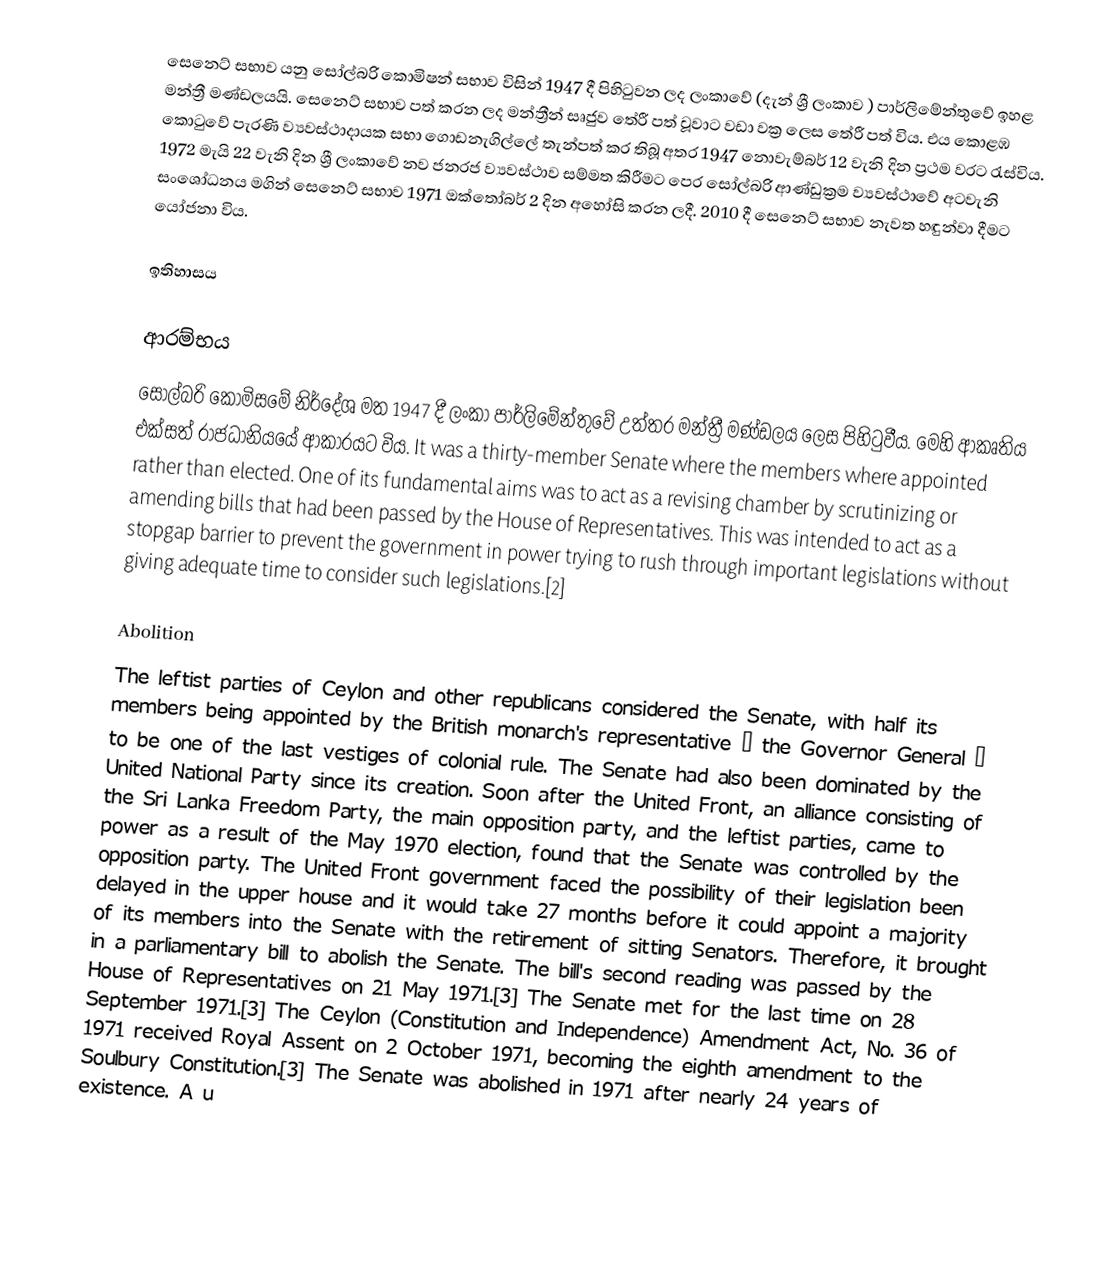
සෙනෙට් සභාව යනු සෝල්බරි කොමිෂන් සභාව විසින් 1947 දී පිහිටුවන ලද ලංකාවේ (දැන් ශ්‍රී ලංකාව ) පාර්ලිමේන්තුවේ ඉහළ මන්ත්‍රී මණ්ඩලයයි. සෙනෙට් සභාව පත් කරන ලද මන්ත්‍රීන් සෘජුව තේරී පත් වූවාට වඩා වක්‍ර ලෙස තේරී පත් විය. එය කොළඹ කොටුවේ පැරණි ව්‍යවස්ථාදායක සභා ගොඩනැගිල්ලේ තැන්පත් කර තිබූ අතර 1947 නොවැම්බර් 12 වැනි දින ප්‍රථම වරට රැස්විය. 1972 මැයි 22 වැනි දින ශ්‍රී ලංකාවේ නව ජනරජ ව්‍යවස්ථාව සම්මත කිරීමට පෙර සෝල්බරි ආණ්ඩුක්‍රම ව්‍යවස්ථාවේ අටවැනි සංශෝධනය මගින් සෙනෙට් සභාව 1971 ඔක්තෝබර් 2 දින අහෝසි කරන ලදී. 2010 දී සෙනෙට් සභාව නැවත හඳුන්වා දීමට යෝජනා විය.

ඉතිහාසය

ආරම්භය
සෝල්බරි කොමිසමේ නිර්දේශ මත 1947 දී ලංකා පාර්ලිමේන්තුවේ උත්තර මන්ත්‍රී මණ්ඩලය ලෙස පිහිටුවීය. මෙහි ආකෘතිය එක්සත් රාජධානියයේ ආකාරයට විය. It was a thirty-member Senate where the members where appointed rather than elected. One of its fundamental aims was to act as a revising chamber by scrutinizing or amending bills that had been passed by the House of Representatives. This was intended to act as a stopgap barrier to prevent the government in power trying to rush through important legislations without giving adequate time to consider such legislations.[2]

Abolition
The leftist parties of Ceylon and other republicans considered the Senate, with half its members being appointed by the British monarch's representative – the Governor General – to be one of the last vestiges of colonial rule. The Senate had also been dominated by the United National Party since its creation. Soon after the United Front, an alliance consisting of the Sri Lanka Freedom Party, the main opposition party, and the leftist parties, came to power as a result of the May 1970 election, found that the Senate was controlled by the opposition party. The United Front government faced the possibility of their legislation been delayed in the upper house and it would take 27 months before it could appoint a majority of its members into the Senate with the retirement of sitting Senators. Therefore, it brought in a parliamentary bill to abolish the Senate. The bill's second reading was passed by the House of Representatives on 21 May 1971.[3] The Senate met for the last time on 28 September 1971.[3] The Ceylon (Constitution and Independence) Amendment Act, No. 36 of 1971 received Royal Assent on 2 October 1971, becoming the eighth amendment to the Soulbury Constitution.[3] The Senate was abolished in 1971 after nearly 24 years of existence. A u